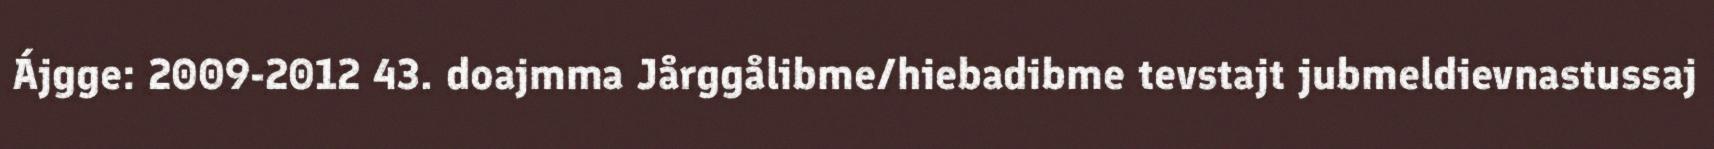
Ájgge: 2009-2012 43. doajmma Jårggålibme/hiebadibme tevstajt jubmeldievnastussaj